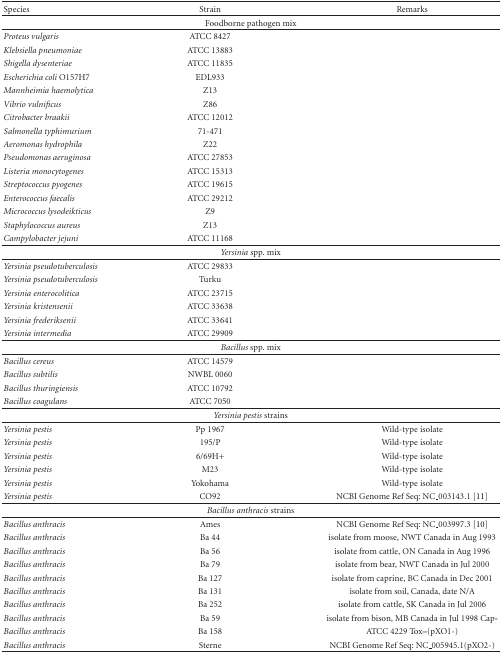
<table><thead><tr><td><b>Species</b></td><td><b>Strain</b></td><td><b>Remarks</b></td></tr></thead><tbody><tr><td colspan="3">Foodborne pathogen mix</td></tr><tr><td><i>Proteus vulgaris</i></td><td>ATCC 8427</td><td> </td></tr><tr><td><i>Klebsiella pneumoniae</i></td><td>ATCC 13883</td><td> </td></tr><tr><td><i>Shigella dysenteriae</i></td><td>ATCC 11835</td><td> </td></tr><tr><td><i>Escherichia coli </i>O157H7</td><td>EDL933</td><td> </td></tr><tr><td><i>Mannheimia haemolytica</i></td><td>Z13</td><td> </td></tr><tr><td><i>Vibrio vulnificus</i></td><td>Z86</td><td> </td></tr><tr><td><i>Citrobacter braakii</i></td><td>ATCC 12012</td><td> </td></tr><tr><td><i>Salmonella typhimurium</i></td><td>71-471</td><td> </td></tr><tr><td><i>Aeromonas hydrophila</i></td><td>Z22</td><td> </td></tr><tr><td><i>Pseudomonas aeruginosa</i></td><td>ATCC 27853</td><td> </td></tr><tr><td><i>Listeria monocytogenes</i></td><td>ATCC 15313</td><td> </td></tr><tr><td><i>Streptococcus pyogenes</i></td><td>ATCC 19615</td><td> </td></tr><tr><td><i>Enterococcus faecalis</i></td><td>ATCC 29212</td><td> </td></tr><tr><td><i>Micrococcus lysodeikticus</i></td><td>Z9</td><td> </td></tr><tr><td><i>Staphylococcus aureus</i></td><td>Z13</td><td> </td></tr><tr><td><i>Campylobacter jejuni</i></td><td>ATCC 11168</td><td> </td></tr><tr><td colspan="3"><i>Yersinia</i> spp. mix </td></tr><tr><td><i>Yersinia pseudotuberculosis</i></td><td>ATCC 29833</td><td> </td></tr><tr><td><i>Yersinia pseudotuberculosis</i></td><td>Turku</td><td> </td></tr><tr><td><i>Yersinia enterocolitica</i></td><td>ATCC 23715</td><td> </td></tr><tr><td><i>Yersinia kristensenii</i></td><td>ATCC 33638</td><td> </td></tr><tr><td><i>Yersinia frederiksenii</i></td><td>ATCC 33641</td><td> </td></tr><tr><td><i>Yersinia intermedia</i></td><td>ATCC 29909</td><td> </td></tr><tr><td colspan="3"><i>Bacillus</i> spp. mix </td></tr><tr><td><i>Bacillus cereus </i></td><td>ATCC 14579</td><td> </td></tr><tr><td><i>Bacillus subtilis</i></td><td>NWBL 0060</td><td> </td></tr><tr><td><i>Bacillus thuringiensis</i></td><td>ATCC 10792</td><td> </td></tr><tr><td><i>Bacillus coagulans</i></td><td>ATCC 7050</td><td> </td></tr><tr><td colspan="3"><i>Yersinia pestis</i> strains</td></tr><tr><td><i>Yersinia pestis</i></td><td>Pp 1967</td><td>Wild-type isolate</td></tr><tr><td><i>Yersinia pestis</i></td><td>195/P</td><td>Wild-type isolate</td></tr><tr><td><i>Yersinia pestis</i></td><td>6/69H+</td><td>Wild-type isolate</td></tr><tr><td><i>Yersinia pestis</i></td><td>M23</td><td>Wild-type isolate</td></tr><tr><td><i>Yersinia pestis</i></td><td>Yokohama</td><td>Wild-type isolate</td></tr><tr><td><i>Yersinia pestis</i></td><td>CO92</td><td>NCBI Genome Ref Seq: NC_003143.1 [11]</td></tr><tr><td colspan="3"><i>Bacillus anthracis</i> strains</td></tr><tr><td><i>Bacillus anthracis</i></td><td>Ames</td><td>NCBI Genome Ref Seq: NC_003997.3 [10]</td></tr><tr><td><i>Bacillus anthracis</i></td><td>Ba 44</td><td>isolate from moose, NWT Canada in Aug 1993</td></tr><tr><td><i>Bacillus anthracis</i></td><td>Ba 56</td><td>isolate from cattle, ON Canada in Aug 1996</td></tr><tr><td><i>Bacillus anthracis</i></td><td>Ba 79</td><td>isolate from bear, NWT Canada in Jul 2000</td></tr><tr><td><i>Bacillus anthracis</i></td><td>Ba 127</td><td>isolate from caprine, BC Canada in Dec 2001</td></tr><tr><td><i>Bacillus anthracis</i></td><td>Ba 131</td><td>isolate from soil, Canada, date N/A</td></tr><tr><td><i>Bacillus anthracis</i></td><td>Ba 252</td><td>isolate from cattle, SK Canada in Jul 2006</td></tr><tr><td><i>Bacillus anthracis</i></td><td>Ba 59</td><td>isolate from bison, MB Canada in Jul 1998 Cap-</td></tr><tr><td><i>Bacillus anthracis</i></td><td>Ba 158</td><td>ATCC 4229 Tox–(pXO1-)</td></tr><tr><td><i>Bacillus anthracis</i></td><td>Sterne</td><td>NCBI Genome Ref Seq: NC_005945.1(pXO2-)</td></tr></tbody></table>